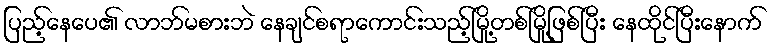
ပြည့်နေပေ၏ လာဘ်မစားဘဲ နေချင်စရာကောင်းသည့်မြို့တစ်မြို့ဖြစ်ပြီး နေထိုင်ပြီးနောက်